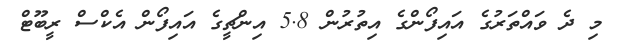
މި ދެ ވައްތަރުގެ އައިފޯންގެ އިތުރުން 5.8 އިންޗީގެ އައިފޯން އެކްސް ރީބޫޓް